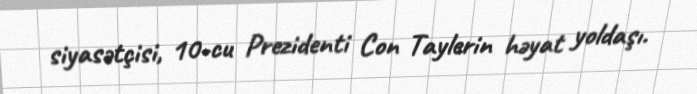
siyasətçisi, 10-cu Prezidenti Con Taylerin həyat yoldaşı.